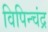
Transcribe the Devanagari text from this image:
विपिन्चंद्र